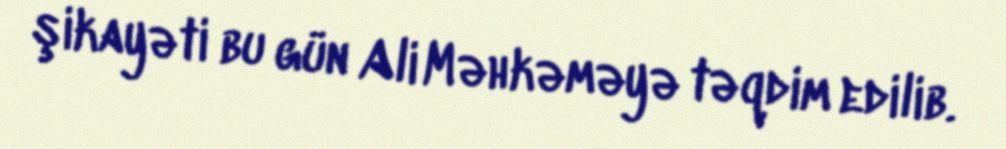
şikayəti bu gün Ali Məhkəməyə təqdim edilib.